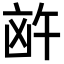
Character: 𪞸